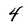
Character: 4